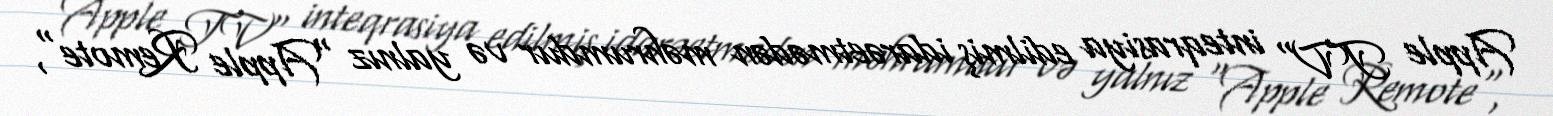
Apple TV" inteqrasiya edilmiş idarəetmədən məhrumdur və yalnız "Apple Remote",